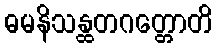
ဓမနိသန္ထတဂတ္တောတိ